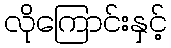
လိုကြောင်းနှင့်